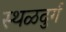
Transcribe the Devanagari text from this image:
स्थळदुर्ग